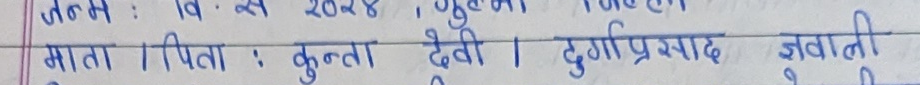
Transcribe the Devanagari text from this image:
जन्म : वि.सं. २८२४ ,गुल्मा जिल्ला
माता | पिता : कुन्ता देवी | दुर्गाप्रसाद जबानी